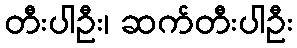
တီးပါဦး၊ ဆက်တီးပါဦး